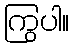
ကြွပါ။